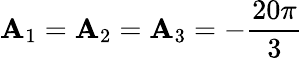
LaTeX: \mathbf{A}_{1}=\mathbf{A}_{2}=\mathbf{A}_{3}=-\frac{{20\pi}}{{3}}